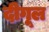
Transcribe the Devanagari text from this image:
दीगूल